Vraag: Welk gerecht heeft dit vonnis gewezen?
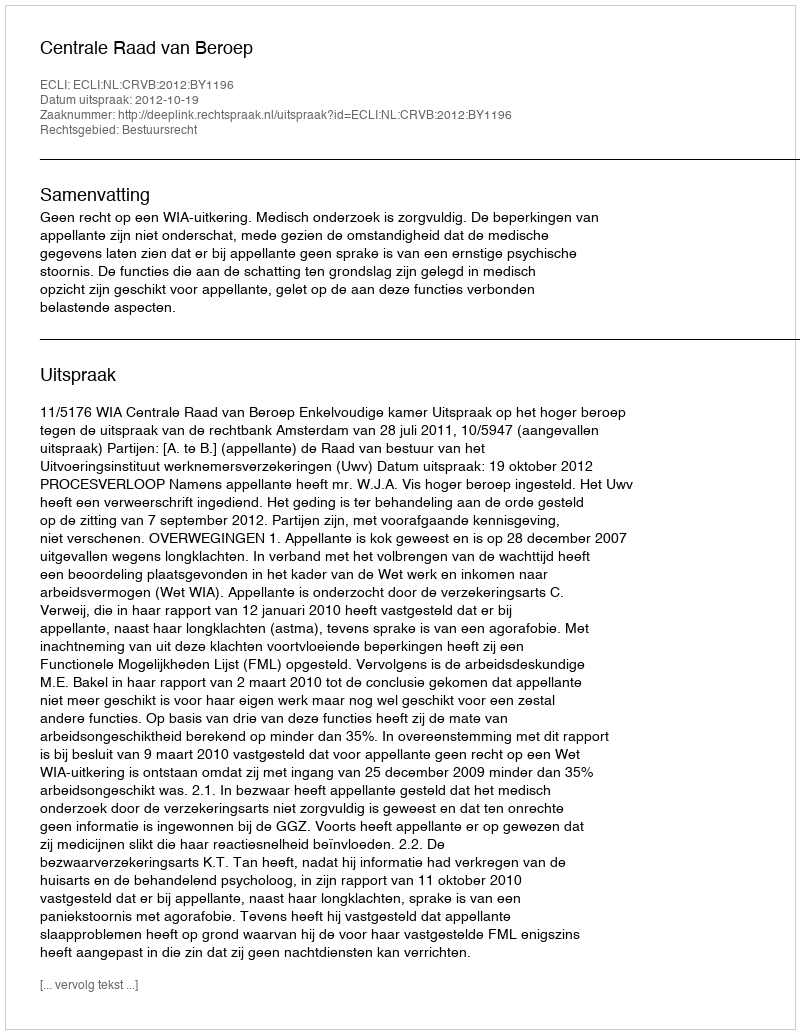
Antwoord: Centrale Raad van Beroep